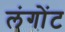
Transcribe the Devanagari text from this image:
लंगोंट